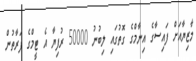
މާޒިޔާއަށް ފައިސާގެ އިނާމްގެ ގޮތުގައި ލިބުނު 50000 ރުފިޔާ އެ ޓީމްގެ ފަރާތުން